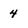
Character: 4